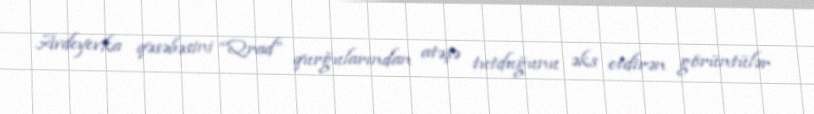
Avdeyevka qəsəbəsini “Qrad” qurğularından atəşə tutduğunu əks etdirən görüntülər